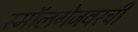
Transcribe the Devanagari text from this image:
स्मॉलगेजवरची